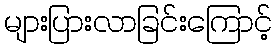
များပြားလာခြင်းကြောင့်